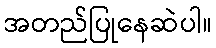
အတည်ပြုနေဆဲပါ။